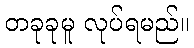
တခုခုမူ လုပ်ရမည်။